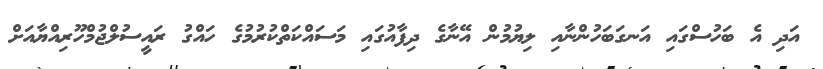
އަދި އެ ބަހުސްގައި އަނގަބަހުންނާއި ލިޔުމުން އޭނާގެ ދިފާއުގައި މަސައްކަތްކުރުމުގެ ހައްގު ރައީސުލްޖުމްހޫރިއްޔާއަށް